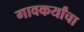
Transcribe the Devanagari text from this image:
गावकर्यांचा